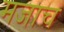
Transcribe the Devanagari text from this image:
मजाच